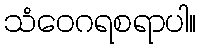
သံဝေဂရစရာပါ။